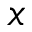
x